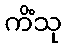
ကိံသု